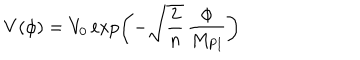
LaTeX: V ( \phi ) = V _ { 0 } \exp \left( - \sqrt { \frac { 2 } { n } } \, \frac { \phi } { M _ { \mathrm { P l } } } \right)